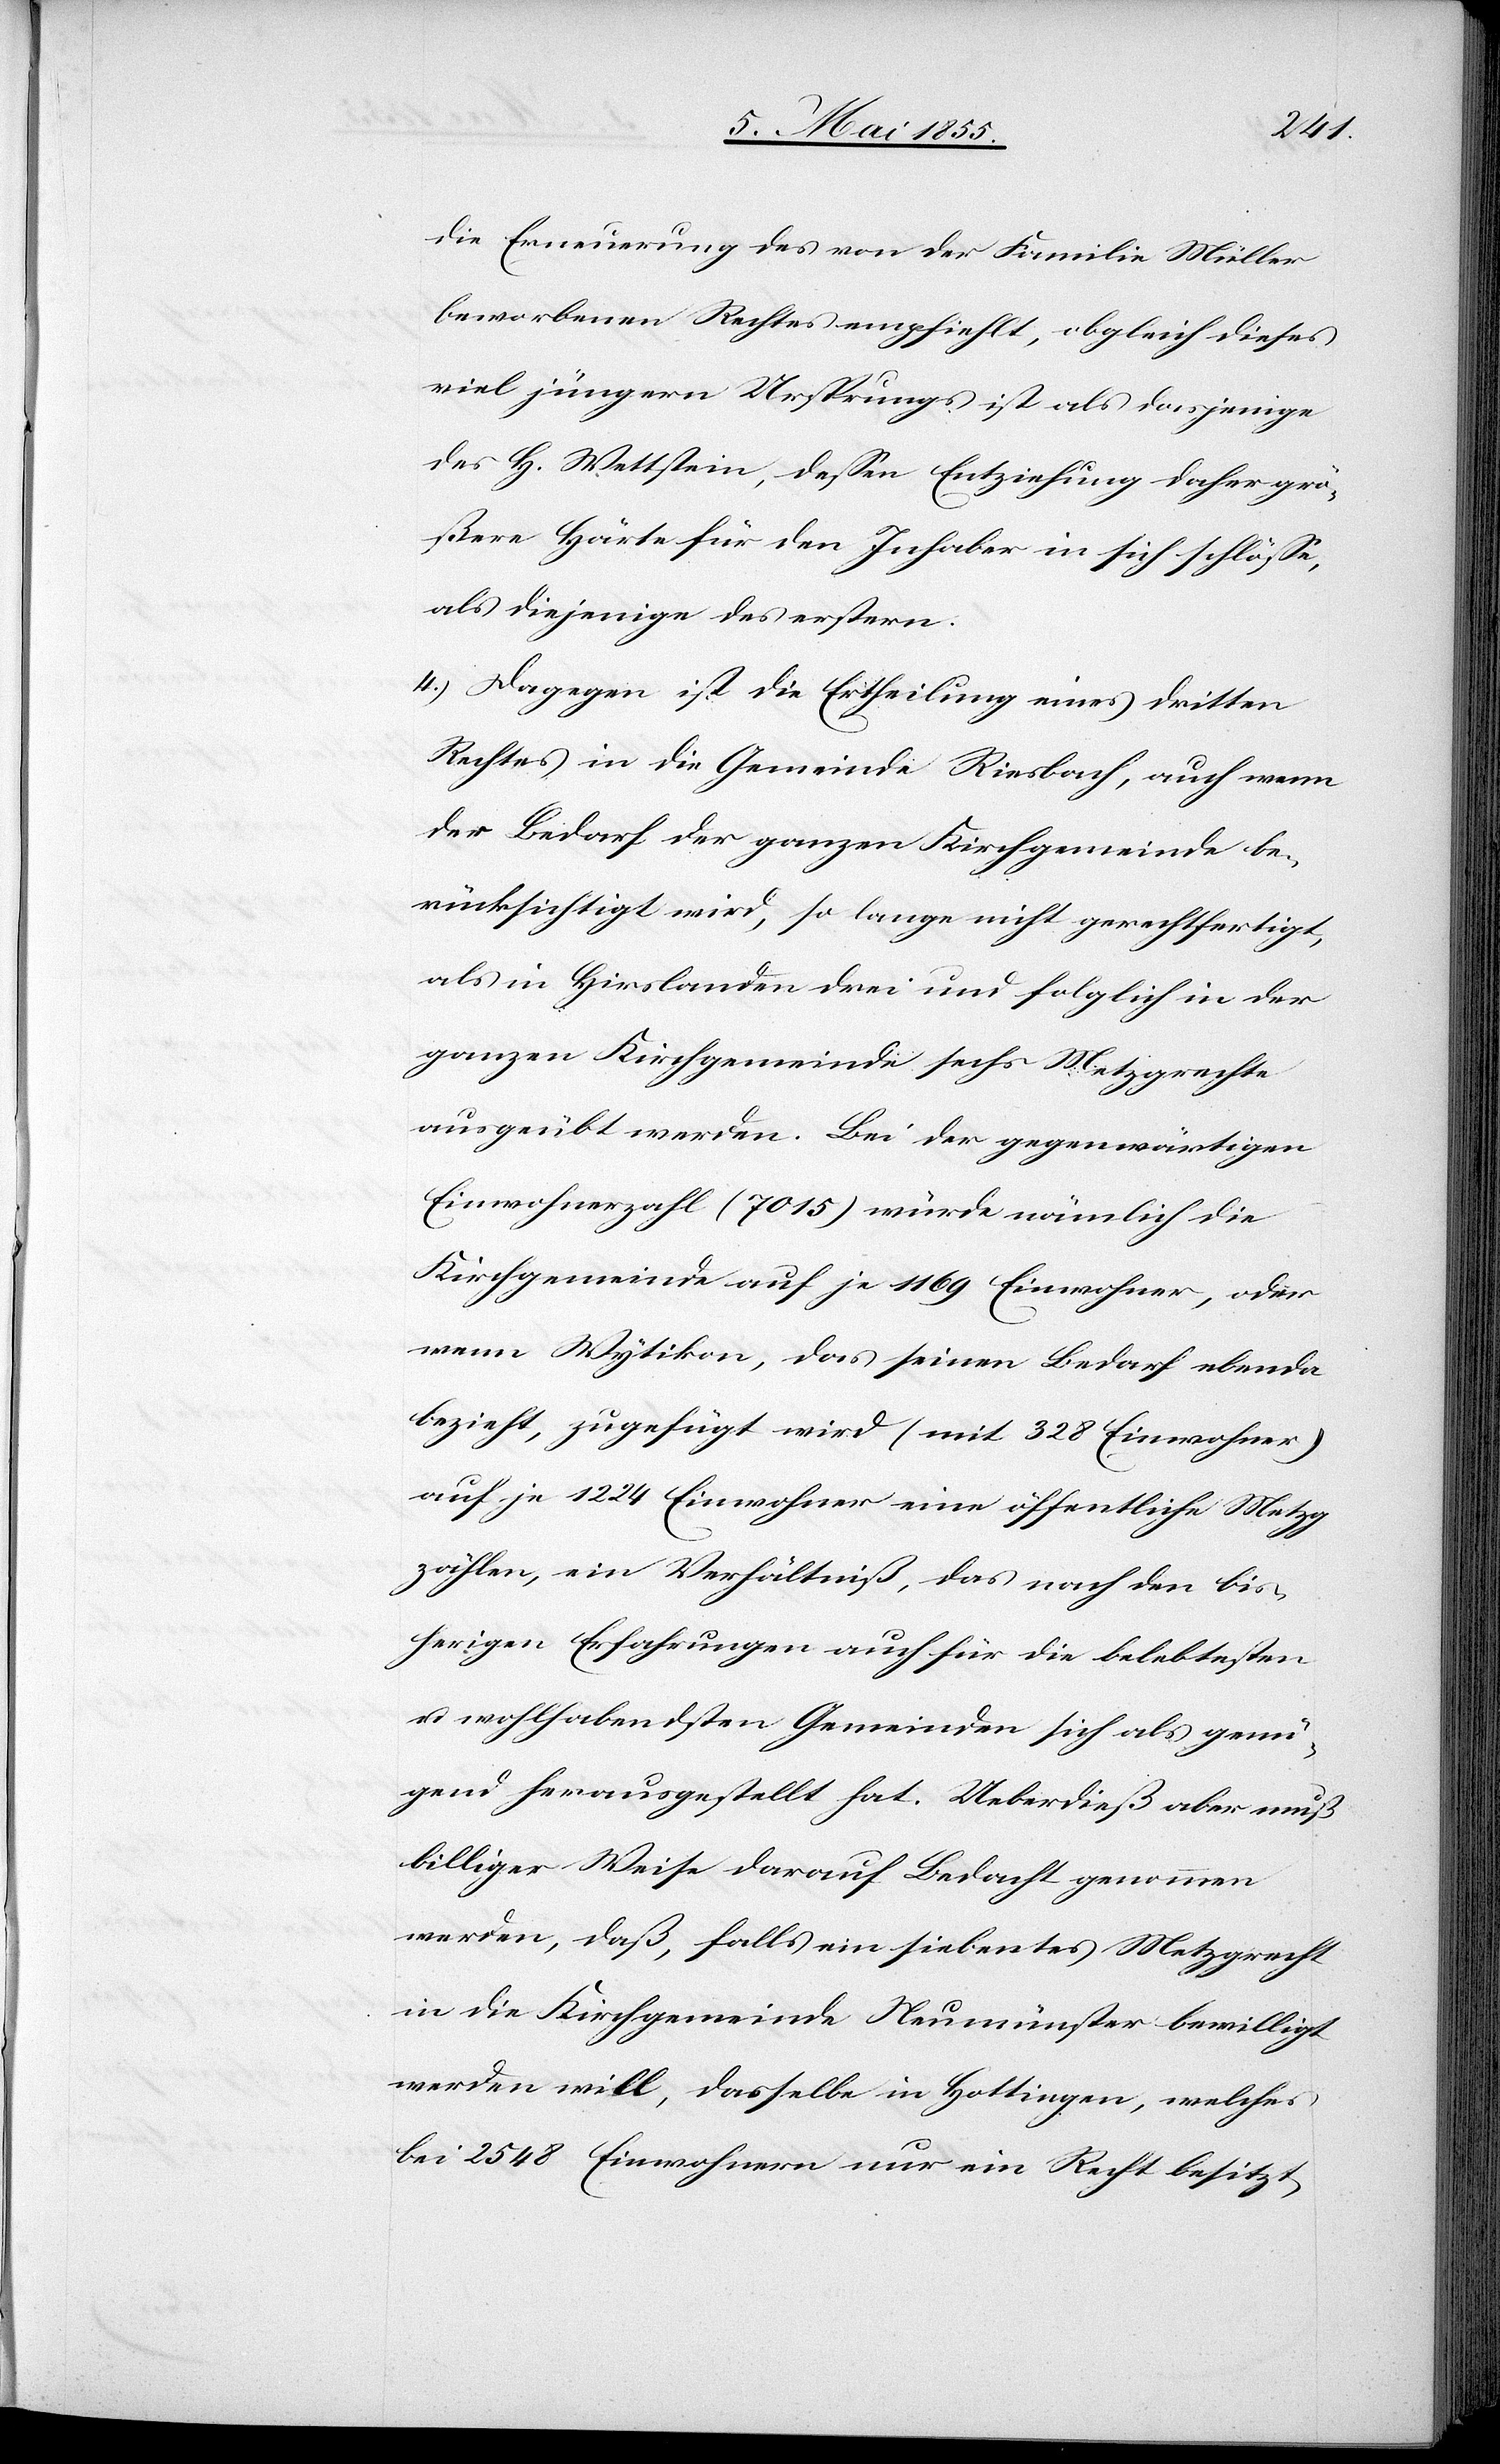
die Erneuerung des von der Familie Müller
beworbenen Rechtes empfiehlt, obgleich dieses
viel jüngern Ursprungs ist als dasjenige
des H. Wettstein, dessen Entziehung daher grö¬
ßere Härte für den Inhaber in sich schlösse,
als diejenige des erstern.
4.) Dagegen ist die Ertheilung eines dritten
Rechtes in die Gemeinde Riesbach, auch wenn
der Bedarf der ganzen Kirchgemeinde be¬
rücksichtigt wird, so lange nicht gerechtfertigt,
als in Hirslanden drei und folglich in der
ganzen Kirchgemeinde sechs Metzgrechte
ausgeübt werden. Bei der gegenwärtigen
Einwohnerzahl (7015) würde nämlich die
Kirchgemeinde auf je 1169 Einwohner, oder
wenn Wytikon, das seinen Bedarf ebenda
bezieht, zugefügt wird (mit 328 Einwohner)
auf je 1224 Einwohner eine öffentliche Metzg
zählen, ein Verhältniß, das nach den bis¬
herigen Erfahrungen auch für die belebtesten
u. wohlhabendsten Gemeinden sich als genü¬
gend herausgestellt hat. Ueberdieß aber muß
billiger Weise darauf Bedacht genommen
werden, daß, falls ein siebentes Metzgrecht
in die Kirchgemeinde Neumünster bewilligt
werden will, dasselbe in Hottingen, welches
bei 2548 Einwohnern nur ein Recht besitzt